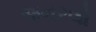
જનરલો